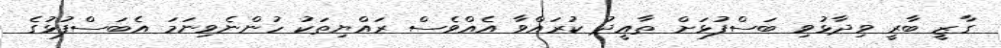
ގާޒީ ބާރީ ވިދާޅުވި ބަސްފުޅަށް ތާއީދު ކުރައްވާ އެއްވެސް ރައްޔިތަކު ހުންނެވިނަމަ އެބަސްފުޅުގެ